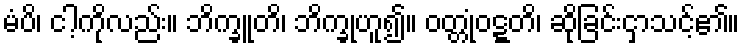
မံပိ၊ ငါ့ကိုလည်း။ ဘိက္ခူတိ၊ ဘိက္ခုဟူ၍။ ဝတ္တုံဝဋ္ဋတိ၊ ဆိုခြင်းငှာသင့်၏။